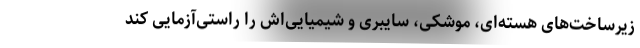
زیرساخت‌های هسته‌ای،‌ موشکی، سایبری و شیمیایی‌اش را راستی‌آزمایی کند